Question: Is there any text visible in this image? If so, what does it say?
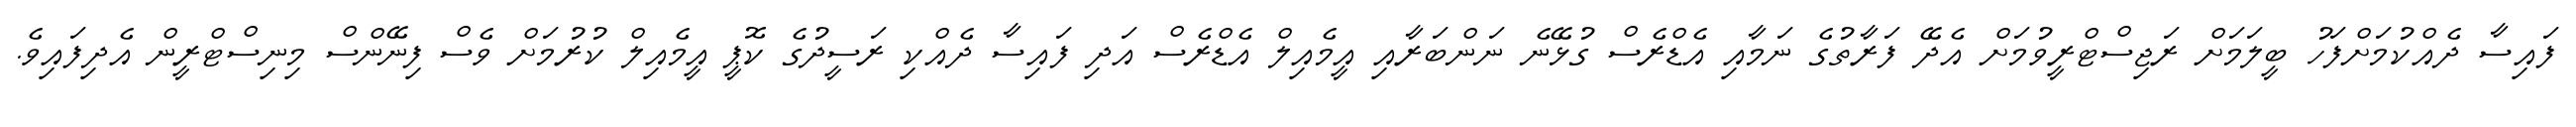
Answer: ފައިސާ ދެއްކުމަށްފަހު ބީލަމަށް ރަޖިސްޓްރީވުމަށް އެދޭ ފަރާތުގެ ނަމާއި އެޑްރެސް ގުޅޭނެ ނަންބަރާއި އީމެއިލް އެޑްރެސް އަދި ފައިސާ ދެއްކި ރަސީދުގެ ކޮޕީ އީމެއިލް ކުރުމަށް ވެސް ފިނޭންސް މިނިސްޓްރީން އެދިފައިވެ.